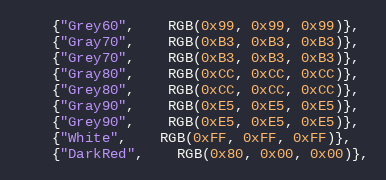
Language: C++
	{"Grey60",	RGB(0x99, 0x99, 0x99)},
	{"Gray70",	RGB(0xB3, 0xB3, 0xB3)},
	{"Grey70",	RGB(0xB3, 0xB3, 0xB3)},
	{"Gray80",	RGB(0xCC, 0xCC, 0xCC)},
	{"Grey80",	RGB(0xCC, 0xCC, 0xCC)},
	{"Gray90",	RGB(0xE5, 0xE5, 0xE5)},
	{"Grey90",	RGB(0xE5, 0xE5, 0xE5)},
	{"White",	RGB(0xFF, 0xFF, 0xFF)},
	{"DarkRed",	RGB(0x80, 0x00, 0x00)},